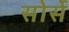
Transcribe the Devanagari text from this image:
सोर्से